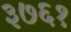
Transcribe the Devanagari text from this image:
३७६१